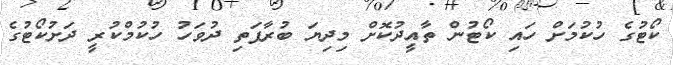
ކޯޓުގެ ހުކުމަށް ހައި ކޯޓުން ތާއީދުކޮށް މިދިޔަ ބުރާފަތި ދުވަހު ހުކުމްކުރީ ދަށުކޯޓުގެ